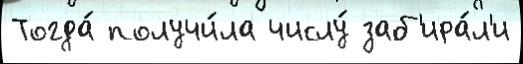
Тогда́ получи́ла числу́ заб'ира́л'и